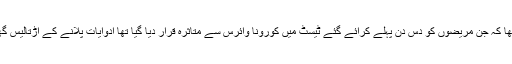
ہسپتال میں پھیپڑوں کے علاج کے ماہر ڈاکٹر کا کہنا تھا کہ جن مریضوں کو دس دن پہلے کرائے گئے ٹیسٹ میں کورونا وائرس سے متاثرہ قرار دیا گیا تھا ادوایات پلانے کے اڑتالیس گھنٹے بعد ان کے ٹیسٹ میں کورونا وائرس نہیں پایا گیا۔